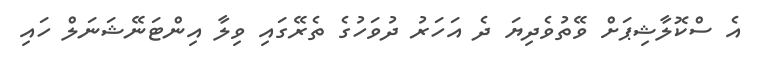
އެ ސްކޮލާޝިޕަށް ވޭތުވެދިޔަ ދެ އަހަރު ދުވަހުގެ ތެރޭގައި ވިލާ އިންޓަނޭޝަނަލް ހައި